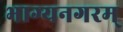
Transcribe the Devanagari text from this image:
भाग्यनगरम्